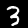
Label: 3